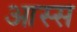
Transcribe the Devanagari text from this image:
आस्स